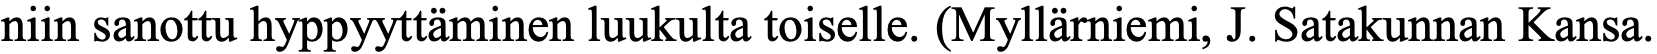
niin sanottu hyppyyttäminen luukulta toiselle. (Myllärniemi, J. Satakunnan Kansa.